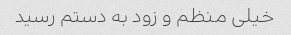
خیلی منظم و زود به دستم رسید